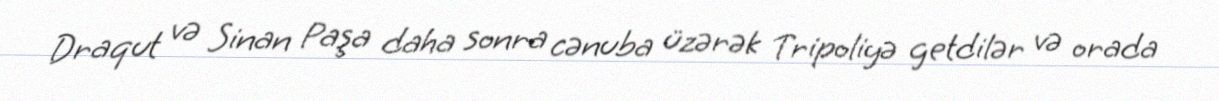
Draqut və Sinan Paşa daha sonra cənuba üzərək Tripoliyə getdilər və orada